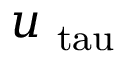
u _ { \mathrm { \ t a u } }